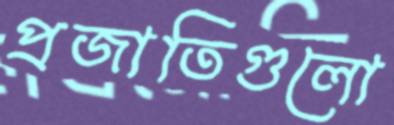
প্রজাতিগুলো